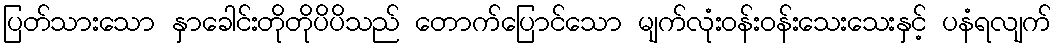
ပြတ်သားသော နှာခေါင်းတိုတိုပိပိသည် တောက်ပြောင်သော မျက်လုံးဝန်းဝန်းသေးသေးနှင့် ပနံရလျက်